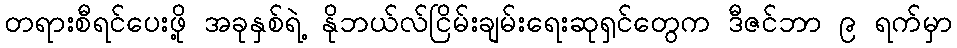
တရားစီရင်ပေးဖို့ အခုနှစ်ရဲ့ နိုဘယ်လ်ငြိမ်းချမ်းရေးဆုရှင်တွေက ဒီဇင်ဘာ ၉ ရက်မှာ